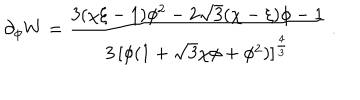
\partial _ { \phi } W = { \frac { 3 ( \chi \xi - 1 ) \phi ^ { 2 } - 2 \sqrt { 3 } ( \chi - \xi ) \phi - 1 } { 3 \, [ \phi ( 1 + \sqrt { 3 } \chi \phi + \phi ^ { 2 } ) ] ^ { \frac { 4 } { 3 } } } } \ .